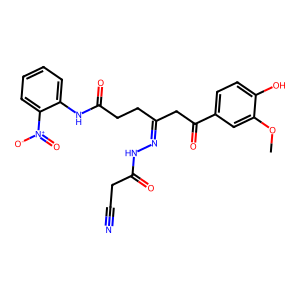
SMILES: COc1cc(C(=O)CC(CCC(=O)Nc2ccccc2[N+](=O)[O-])=NNC(=O)CC#N)ccc1O
Inhibits HIV replication: No